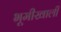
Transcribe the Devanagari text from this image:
भूमीखाली